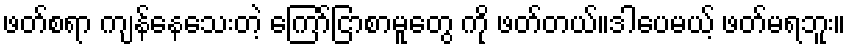
ဖတ်စရာ ကျန်နေသေးတဲ့ ကြော်ငြာစာမူတွေ ကို ဖတ်တယ်။ဒါပေမယ့် ဖတ်မရဘူး။